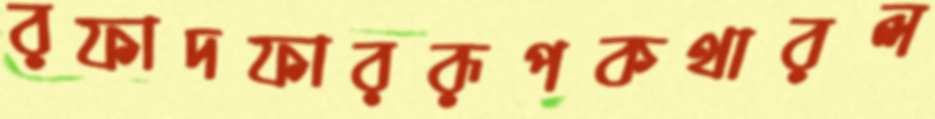
রফাদফাররূপকথারল